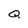
Character: Q